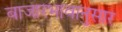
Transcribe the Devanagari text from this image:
बाजारभावानुसार